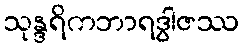
သုန္ဒရိကဘာရဒွါဇဿ